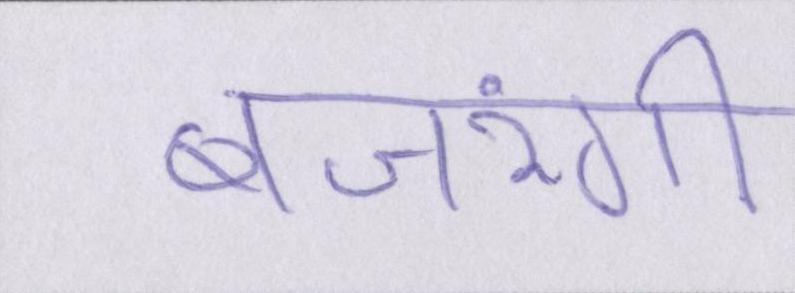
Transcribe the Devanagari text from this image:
बजरंगी